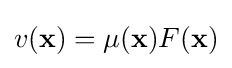
v(\mathbf {x} )=\mu (\mathbf {x} )F(\mathbf {x} )